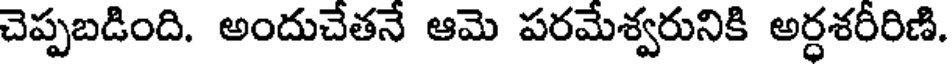
చెప్పబడింది. అందుచేతనే ఆమె పరమేశ్వరునికి అర్ధశరీరిణి.